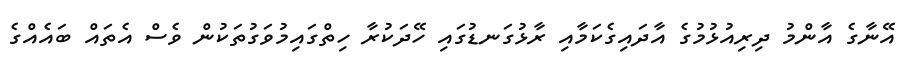
އޭނާގެ އާންމު ދިރިއުޅުމުގެ އާދައިގެކަމާއި ރާޅުގަނޑުގައި ހޭދަކުރާ ހިތްގައިމުވަގުތަކުން ވެސް އެތައް ބައެއްގެ